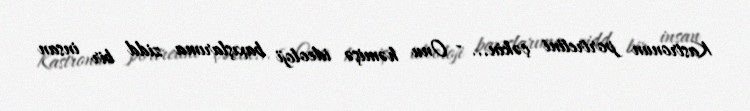
Kastronun portretini çəkin... - Onu həmişə ideoloji baxışlarıma zidd bir insan